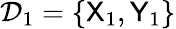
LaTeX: \mathcal{D}_{1}=\{ {\sf X}_{1},{\sf Y}_{1}\}